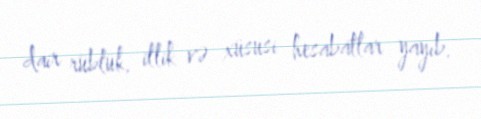
dair rüblük, illik və xüsusi hesabatlar yayıb.